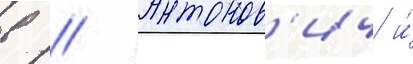
в // Антонов'ич и́